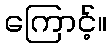
ကြောင့်။